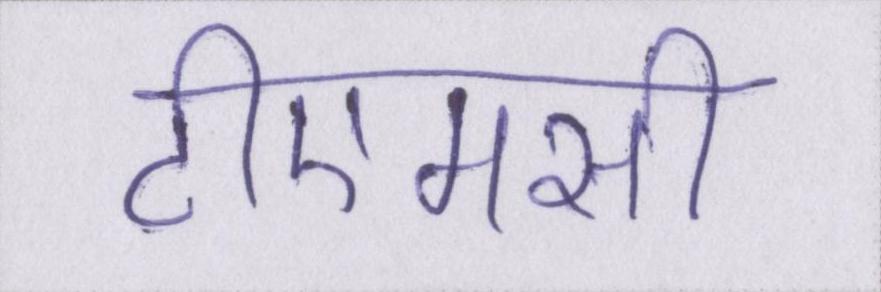
टीएमसी